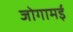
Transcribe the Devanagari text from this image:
जोगामई